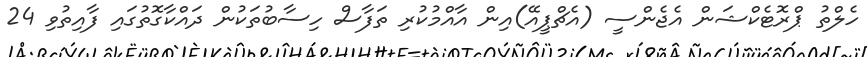
ހެލްތު ޕްރޮޓެކްޝަން އެޖެންސީ (އެޗްޕީއޭ)އިން އާއްމުކުރި ތަފާސް ހިސާބުތަކުން ދައްކާގޮތުގައި ފާއިތުވި 24